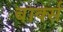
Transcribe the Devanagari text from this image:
बार्क्स